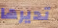
تديرها